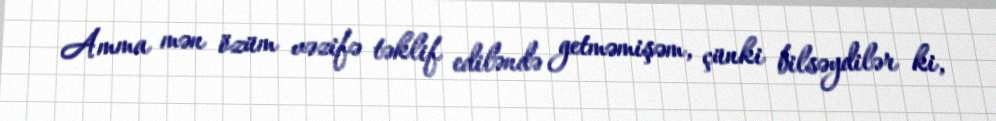
Amma mən özüm vəzifə təklif ediləndə getməmişəm, çünki bilsəydilər ki,